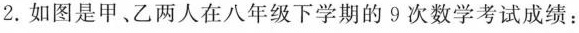
2.如图是甲、乙两人在八年级下学期的9次数学考试成绩：